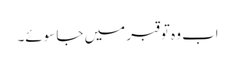
اب وہ تو قبر میں جا سوئے۔